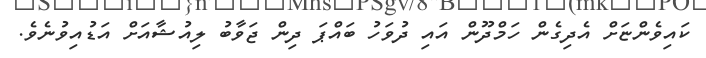
ކައިވެންޏަށް އެދިގެން ހަމްދޫން އައި ދުވަހު ބައްޕަ ދިން ޖަވާބު ލިއުޝާއަށް އަޑުއިވުނެވެ.